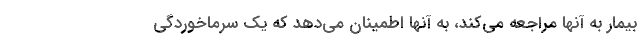
بیمار به آنها مراجعه می‌کند، به آنها اطمینان می‌دهد که یک سرماخوردگی